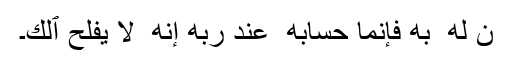
ٰنَ لَهُ ۥ بِهِۦ فَإِنَّمَا حِسَابُهُ ۥ عِندَ رَبِّهِۦۤ‌ۚ إِنَّهُ ۥ لَا يُفۡلِحُ ٱلۡكَ۔